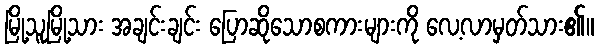
မြို့သူမြို့သား အချင်းချင်း ပြောဆိုသောစကားများကို လေ့လာမှတ်သား၏။